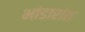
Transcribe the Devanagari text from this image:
भांडारांत